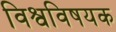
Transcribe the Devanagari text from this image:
विश्वविषयक